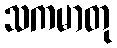
သကမာတု